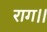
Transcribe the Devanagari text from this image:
राग।।